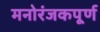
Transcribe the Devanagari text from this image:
मनोरंजकपूर्ण